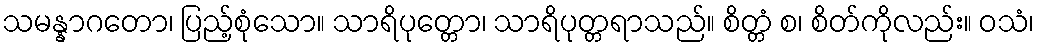
သမန္နာဂတော၊ ပြည့်စုံသော။ သာရိပုတ္တော၊ သာရိပုတ္တရာသည်။ စိတ္တံ စ၊ စိတ်ကိုလည်း။ ဝသံ၊